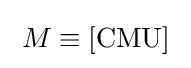
\;M\equiv {\text{[CMU]}}\;